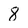
Character: 8